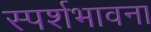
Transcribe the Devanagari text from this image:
स्पर्शभावना